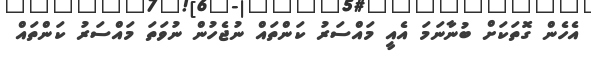
އެހެން ގޮތަކަށް ބުނާނަމަ އެއީ މައްސަރު ކަންތައް ނުޖެހުން ނުވަތަ މައްސަރު ކަންތައް